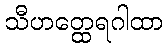
သီဟတ္ထေရဂါထာ